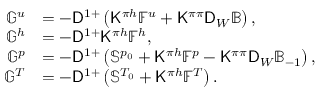
\begin{array} { r l } { \mathbb { G } ^ { u } } & { = - \mathsf { D } ^ { 1 + } \left( \mathsf { K } ^ { \pi h } \mathbb { F } ^ { u } + \mathsf { K } ^ { \pi \pi } \mathsf { D } _ { W } \mathbb { B } \right) , } \\ { \mathbb { G } ^ { h } } & { = - \mathsf { D } ^ { 1 + } \mathsf { K } ^ { \pi h } \mathbb { F } ^ { h } , } \\ { \mathbb { G } ^ { p } } & { = - \mathsf { D } ^ { 1 + } \left( \mathbb { S } ^ { p _ { 0 } } + \mathsf { K } ^ { \pi h } \mathbb { F } ^ { p } - \mathsf { K } ^ { \pi \pi } \mathsf { D } _ { W } \mathbb { B } _ { - 1 } \right) , } \\ { \mathbb { G } ^ { T } } & { = - \mathsf { D } ^ { 1 + } \left( \mathbb { S } ^ { T _ { 0 } } + \mathsf { K } ^ { \pi h } \mathbb { F } ^ { T } \right) . } \end{array}